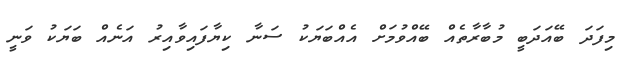
މިފަދަ ބޭއަދަބީ މުބާރާތެއް ބޭއްވުމަށް އެއްބަޔަކު ސަނާ ކިޔާފައިވާއިރު އަނެއް ބަޔަކު ވަނީ